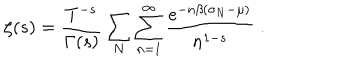
LaTeX: \zeta ( s ) = \frac { T ^ { - s } } { \Gamma ( s ) } \sum _ { N } \sum _ { n = 1 } ^ { \infty } \frac { e ^ { - n \beta ( \sigma _ { N } - \mu ) } } { n ^ { 1 - s } } \; .